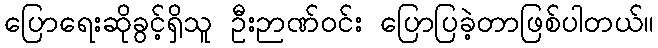
ပြောရေးဆိုခွင့်ရှိသူ ဦးဉာဏ်ဝင်း ပြောပြခဲ့တာဖြစ်ပါတယ်။